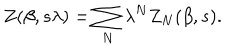
LaTeX: Z ( \beta , s \lambda ) = \sum _ { N } \lambda ^ { N } Z _ { N } ( \beta , s ) .